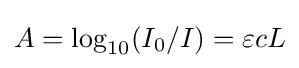
A=\log _{10}(I_{0}/I)=\varepsilon cL